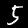
Label: 5